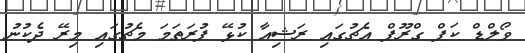
ވޯލްޑް ކަޕް ގްރޫޕް އެޗުގައި ރަޝިއާ ކުޅޭ ފުރަތަމަ މެޗުގައި މިރޭ ދެކުނު